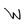
Character: W